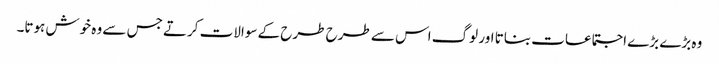
وہ بڑے بڑے اجتماعات بناتا اور لوگ اس سے طرح طرح کے سوالات کرتے جس سے وہ خوش ہوتا۔